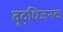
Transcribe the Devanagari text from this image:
वृद्धिजनक